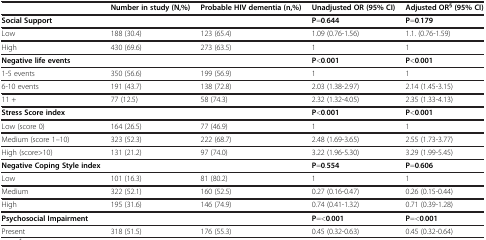
<table><thead><tr><td><b> </b></td><td><b>Number in study (N,%)</b></td><td><b>Probable HIV dementia (n,%)</b></td><td><b>Unadjusted OR (95% CI)</b></td><td><b>Adjusted OR<sup>§ </sup>(95% CI)</b></td></tr></thead><tbody><tr><td><b>Social Support</b></td><td> </td><td> </td><td><b>P</b>=<b>0</b>.<b>644</b></td><td><b>P</b>=<b>0</b>.<b>179</b></td></tr><tr><td>Low</td><td>188 (30.4)</td><td>123 (65.4)</td><td>1.09 (0.76-1.56)</td><td>1.1. (0.76-1.59)</td></tr><tr><td>High</td><td>430 (69.6)</td><td>273 (63.5)</td><td>1</td><td>1</td></tr><tr><td><b>Negative life events</b></td><td> </td><td> </td><td><b>P</b>&lt;<b>0</b>.<b>001</b></td><td><b>P</b>&lt;<b>0</b>.<b>001</b></td></tr><tr><td>1-5 events</td><td>350 (56.6)</td><td>199 (56.9)</td><td>1</td><td>1</td></tr><tr><td>6-10 events</td><td>191 (43.7)</td><td>138 (72.8)</td><td>2.03 (1.38-2.97)</td><td>2.14 (1.45-3.15)</td></tr><tr><td>11 +</td><td>77 (12.5)</td><td>58 (74.3)</td><td>2.32 (1.32-4.05)</td><td>2.35 (1.33-4.13)</td></tr><tr><td><b>Stress Score index</b></td><td> </td><td> </td><td><b>P</b>&lt;<b>0</b>.<b>001</b></td><td><b>P</b>&lt;<b>0</b>.<b>001</b></td></tr><tr><td>Low (score 0)</td><td>164 (26.5)</td><td>77 (46.9)</td><td>1</td><td>1</td></tr><tr><td>Medium (score 1–10)</td><td>323 (52.3)</td><td>222 (68.7)</td><td>2.48 (1.69-3.65)</td><td>2.55 (1.73-3.77)</td></tr><tr><td>High (score&gt;10)</td><td>131 (21.2)</td><td>97 (74.0)</td><td>3.22 (1.96-5.30)</td><td>3.29 (1.99-5.45)</td></tr><tr><td><b>Negative Coping Style index</b></td><td> </td><td> </td><td><b>P</b>=<b>0</b>.<b>554</b></td><td><b>P</b>=<b>0</b>.<b>606</b></td></tr><tr><td>Low</td><td>101 (16.3)</td><td>81 (80.2)</td><td>1</td><td>1</td></tr><tr><td>Medium</td><td>322 (52.1)</td><td>160 (52.5)</td><td>0.27 (0.16-0.47)</td><td>0.26 (0.15-0.44)</td></tr><tr><td>High</td><td>195 (31.6)</td><td>146 (74.9)</td><td>0.74 (0.41-1.32)</td><td>0.71 (0.39-1.28)</td></tr><tr><td><b>Psychosocial Impairment</b></td><td> </td><td> </td><td><b>P</b>=&lt;<b>0</b>.<b>001</b></td><td><b>P</b>=&lt;<b>0</b>.<b>001</b></td></tr><tr><td>Present</td><td>318 (51.5)</td><td>176 (55.3)</td><td>0.45 (0.32-0.63)</td><td>0.45 (0.32-0.64)</td></tr></tbody></table>